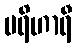
ပရိဟာရီ